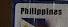
phillipines